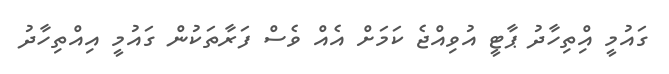
ގައުމީ އިްތިހާދު ޕާޓީ އުވިއްޖެ ކަމަށް އެއް ވެސް ފަރާތަކުން ގައުމީ އިއްތިހާދު